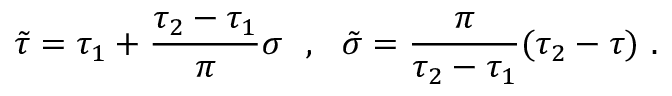
\tilde { \tau } = \tau _ { 1 } + \frac { \tau _ { 2 } - \tau _ { 1 } } { \pi } \sigma \ \ , \ \ \tilde { \sigma } = \frac { \pi } { \tau _ { 2 } - \tau _ { 1 } } ( \tau _ { 2 } - \tau ) \ .